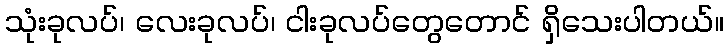
သုံးခုလပ်၊ လေးခုလပ်၊ ငါးခုလပ်တွေတောင် ရှိသေးပါတယ်။